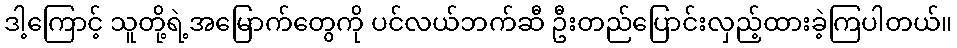
ဒါ့ကြောင့် သူတို့ရဲ့အမြောက်တွေကို ပင်လယ်ဘက်ဆီ ဦးတည်ပြောင်းလှည့်ထားခဲ့ကြပါတယ်။